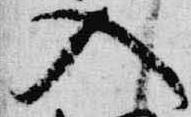
入